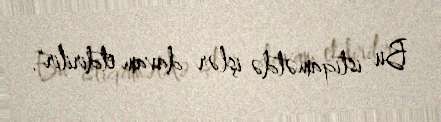
Bu istiqamətdə işlər davam etdirilir".